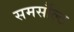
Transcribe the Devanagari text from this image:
समर्सौल्ट